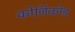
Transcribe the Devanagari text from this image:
कोज़िकोड़